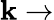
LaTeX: \mathbf{k}\rightarrow